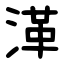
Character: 㴖